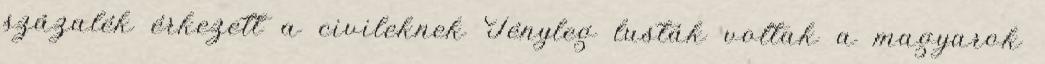
százalék érkezett a civileknek Tényleg lusták voltak a magyarok